Code of medical and sanitary regulations for the guidance of medical officers serving in the Madras Presidency - Volume I
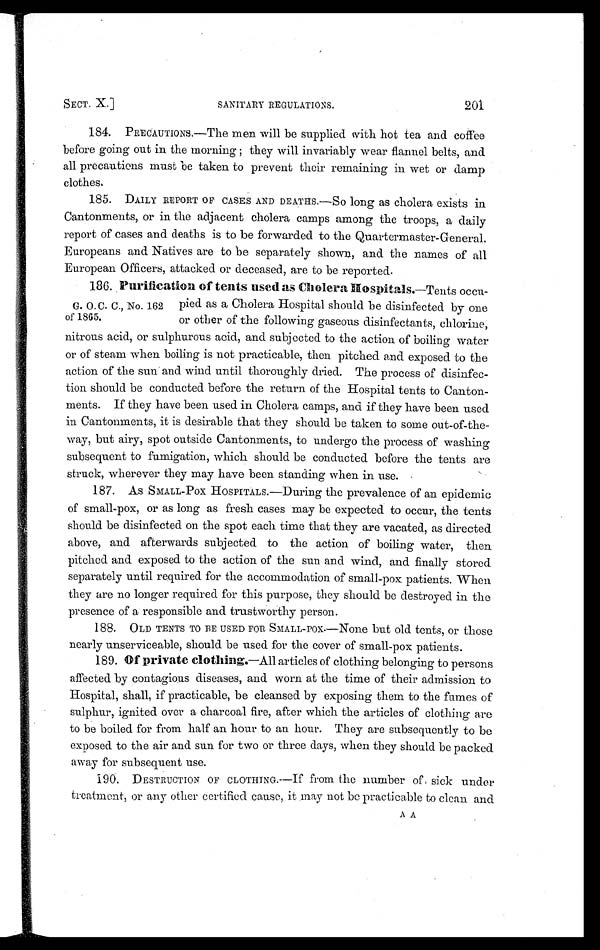
SECT. X.]
SANITARY REGULATIONS.
201
184. PRECAUTIONS.—The men will be supplied with hot tea and coffee
before going out in the morning ; they will invariably wear flannel belts, and
all precautions must be taken to prevent their remaining in wet or damp
clothes.
185. DAILY REPORT OF CASES AND DEATHS.—So long as cholera exists in
Cantonments, or in the adjacent cholera camps among the troops, a daily
report of cases and deaths is to be forwarded to the Quartermaster-General.
Europeans and Natives are to be separately shown., and the names of all
European Officers, attacked or deceased, are to be reported.
186. Purification of tents used as Cholera Hospitals. —Tents occu-
pied as a Cholera Hospital should be disinfected by one
or other of the following gaseous disinfectants, chlorine,
nitrous acid, or sulphurous acid, and subjected to the action of boiling water
or of steam when boiling is not practicable, then pitched and exposed to the
action of the sun and wind until thoroughly dried. The process of disinfec-
tion should be conducted before the return of the Hospital tents to Canton-
ments. If they have been used in Cholera camps, and if they have been used
in Cantonments, it is desirable that they should be taken to some out-of-the-
way, but airy, spot outside Cantonments, to undergo the process of washing
subsequent to fumigation, which should be conducted before the tents are
struck, wherever they may have been standing when in use.
187. As SMALL-Pox HOSPITALS.—During the prevalence of an epidemic
of small-pox, or as long as fresh cases may be expected to occur, the tents
should be disinfected on the spot each time that they are vacated, as directed
above, and afterwards subjected to the action of boiling water, then
pitched and exposed to the action of the sun and wind, and. finally stored
separately until required for the accommodation of small-pox patients. When
they are no longer required for this purpose, they should be destroyed in the
presence of a responsible and trustworthy person.
188. OLD TENTS TO BE USED FOR SMALL-Pox—None but old tents, or those
nearly unserviceable, should be used for the cover of small-pox patients.
189. Of private clothing. —All articles of clothing belonging to persons
affected by contagious diseases, and worn at the time of their admission to
Hospital, shall, if practicable, be cleansed by exposing them to the fumes of
sulphur, ignited over a charcoal fire, after which the articles of clothing are
to be boiled for from half an hour to an hour. They are subsequently to be
exposed. to the air and sun for two or three days, when they should be packed
away for subsequent use.
190. DESTRUCTION OF CLOTHING.—If from the number of sick under
treatment, or any other certified cause, it may not be practicable to clean and
A A
G. O.C. C., No. 162
of 1865.